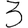
Digit: 3